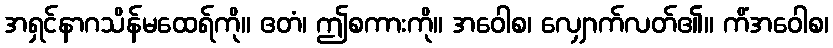
အရှင်နာဂသိန်မထေရ်ကို။ ဧတံ၊ ဤစကားကို။ အဝေါစ၊ လျှောက်လတ်၏။ ကိံအဝေါစ၊